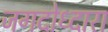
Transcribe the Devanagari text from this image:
जगदोध्दारा